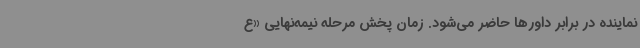
نماینده در برابر داورها حاضر می‌شود. زمان پخش مرحله نیمه‌نهایی «ع